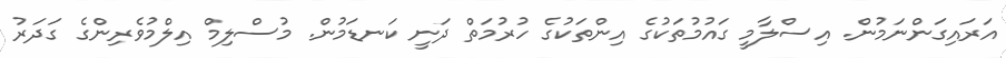
އަރައިގަންނަމުން. އިސްލާމީ ގައުމުތަކުގެ އިންތަކުގެ ހުރުމަތް ދަނީ ކަނޑަމުން. މުސްލިމް އިލްމުވެރިންގެ ގަދަރު